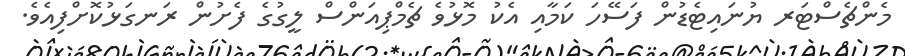
މެންޗެސްޓަރ ޔުނައިޓެޑުން ފަސޭހަ ކަމާއި އެކު މޮޅުވެ ޗެމްޕިއަންސް ލީގުގެ ފެށުން ރަނގަޅުކޮށްފިއެވެ.